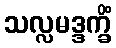
သလ္လမဒ္ဒက္ခိံ